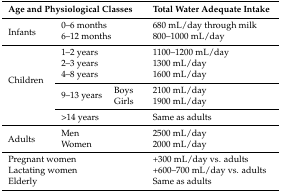
<table><thead><tr><td colspan="3"><b>Age and Physiological Classes</b></td><td><b>Total Water Adequate Intake</b></td></tr></thead><tbody><tr><td rowspan="2">Infants</td><td colspan="2">0–6 months</td><td>680 mL/day through milk</td></tr><tr><td colspan="2">6–12 months</td><td>800–1000 mL/day</td></tr><tr><td rowspan="6">Children</td><td colspan="2">1–2 years</td><td>1100–1200 mL/day</td></tr><tr><td colspan="2">2–3 years</td><td>1300 mL/day</td></tr><tr><td colspan="2">4–8 years</td><td>1600 mL/day</td></tr><tr><td rowspan="2">9–13 years</td><td>Boys</td><td>2100 mL/day</td></tr><tr><td>Girls</td><td>1900 mL/day</td></tr><tr><td colspan="2">&gt;14 years</td><td>Same as adults</td></tr><tr><td rowspan="2">Adults</td><td colspan="2">Men</td><td>2500 mL/day</td></tr><tr><td colspan="2">Women</td><td>2000 mL/day</td></tr><tr><td colspan="3">Pregnant women</td><td>+300 mL/day vs. adults</td></tr><tr><td colspan="3">Lactating women</td><td>+600–700 mL/day vs. adults</td></tr><tr><td colspan="3">Elderly</td><td>Same as adults</td></tr></tbody></table>